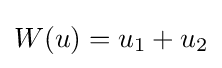
W(u)=u_{1}+u_{2}